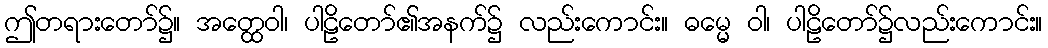
ဤတရားတော်၌။ အတ္ထေဝါ၊ ပါဠိတော်၏အနက်၌ လည်းကောင်း။ ဓမ္မေ ဝါ၊ ပါဠိတော်၌လည်းကောင်း။